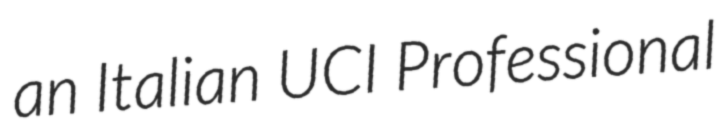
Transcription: an Italian UCI Professional